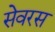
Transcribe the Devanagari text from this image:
सेवरस